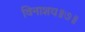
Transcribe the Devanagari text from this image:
विनाशय॥७॥